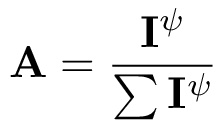
\mathbf { A } = \frac { \mathbf { I } ^ { \psi } } { \sum \mathbf { I } ^ { \psi } }